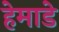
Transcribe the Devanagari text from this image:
हेमाडे